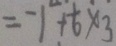
= - 1 + \frac { 1 } { 6 } \times 3